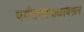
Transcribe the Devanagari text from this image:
पर्यटनस्थळावरून